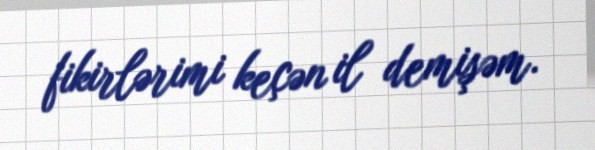
fikirlərimi keçən il demişəm.